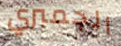
الجمبري